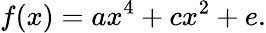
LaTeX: f(x)=ax^{4}+cx^{2}+e.